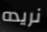
نريده